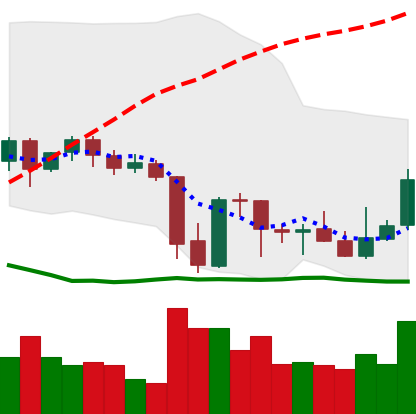
Ticker: XRP-USD
Chart end date: 2021-10-01
Forward return: 3.36%
Label: up_3_5